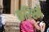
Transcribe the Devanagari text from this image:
करिश्में